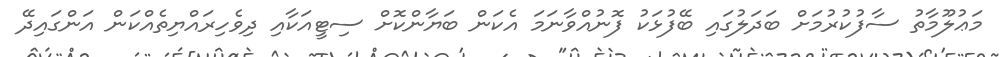
މަޢުލޫމާތު ސާފުކުރުމަށް ބަދަލުގައި ބޭފުޅަކު ފޮނުއްވާނަމަ އެކަން ބަޔާންކޮށް ސިޓީއަކާއި ދިވެހިރައްޔިތެއްކަން އަންގައިދޭ